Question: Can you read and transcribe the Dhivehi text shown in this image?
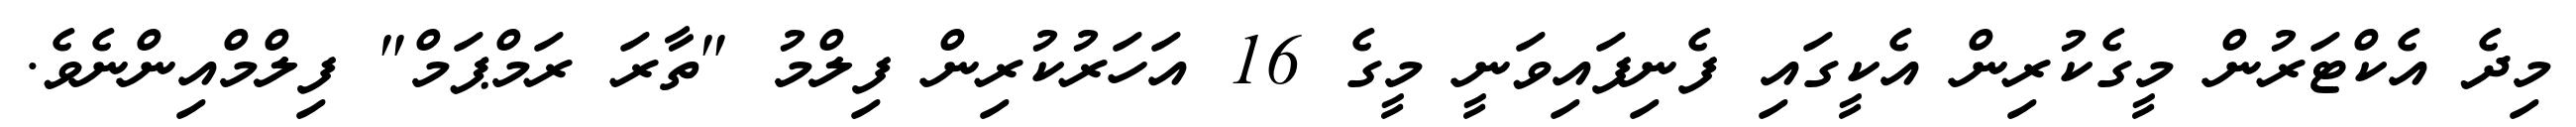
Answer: މިދެ އެކްޓަރުން މީގެކުރިން އެކީގައި ފެނިފައިވަނީ މީގެ 16 އަހަރުކުރިން ފިލްމު "ތާރަ ރަމްޕަމް" ފިލްމްއިންނެވެ.